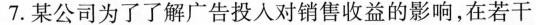
7.某公司为了了解广告投人对销售收益的影响，在若干